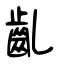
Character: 齓